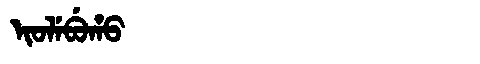
Manchu: ᡳᠣᠯᡝᠪᡠᡥᠣ
Romanization: IOLEBUHO